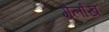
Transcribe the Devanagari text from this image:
गेर्लाख